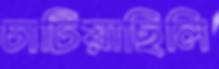
চাটিয়াছিলি